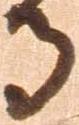
寺